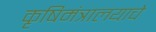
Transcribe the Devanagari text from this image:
कृषिमंत्रालयाचे